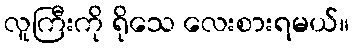
လူကြီးကို ရိုသေ လေးစားရမယ်။